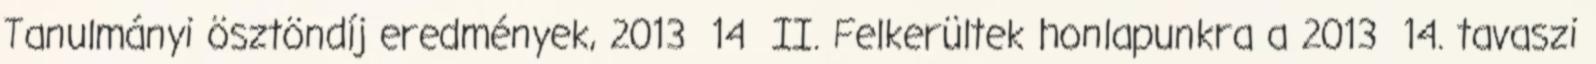
Tanulmányi ösztöndíj eredmények, 2013 14 II. Felkerültek honlapunkra a 2013 14. tavaszi